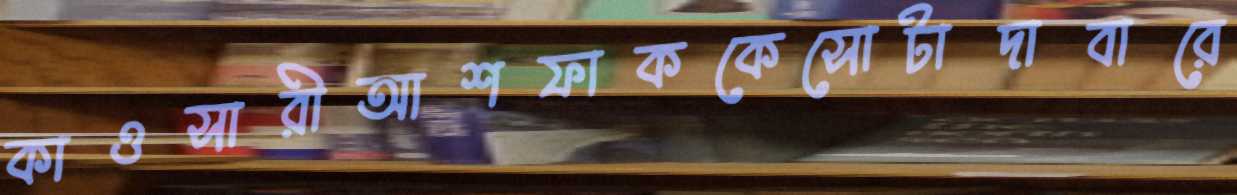
কাওসারীআশফাককেসোটাদাবারে